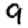
Digit: 9